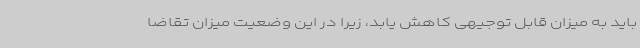
باید به میزان قابل توجیهی کاهش یابد، زیرا در این وضعیت میزان تقاضا